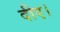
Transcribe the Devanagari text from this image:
दीए।